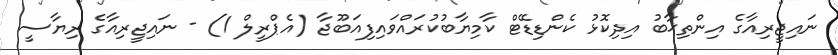
ނައިޖީރިއާގެ އިންތިޚާބު އިދިކޮޅު ކެންޑިޑޭޓް ކާމިޔާބުކުރައްވައިފިއަބޫޖާ (އެޕްރީލް 1) - ނައިޖީރިއާގެ ރިޔާސީ